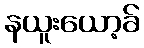
နယူးယော့ခ်